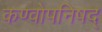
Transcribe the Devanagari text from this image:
कण्वोपनिषद्‌